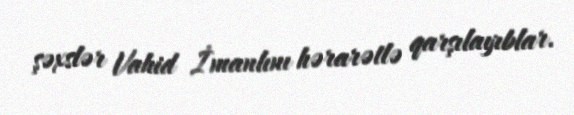
şəxslər Vahid İmanlını hərarətlə qarşılayıblar.